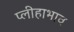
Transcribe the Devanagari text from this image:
प्लीहाभाव